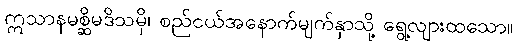
ဣသာနမစ္ဆိမဒိသမှိ၊ စည်ငယ်အနောက်မျက်နှာသို့ ရွေ့လျားထသော။